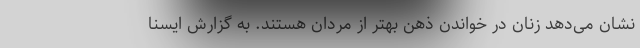
نشان می‌دهد زنان در خواندن ذهن بهتر از مردان هستند. به گزارش ایسنا